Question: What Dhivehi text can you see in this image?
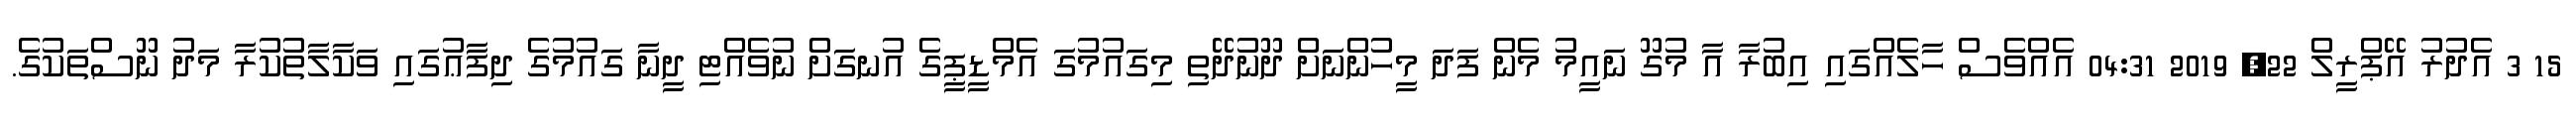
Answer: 15 3 އެދުރު އޭޕްރީލް 22, 2019 04:31 އެއްވެސް ހާލެއްގައި އިބުރާ އާ މުގޫ ނައީމު މެން ފަދަ މީހުންނަށް ދޫނުދޭތި މިގައުމުގަ އެމްޑީޕީގެ އުނގަށް ނުވެއްޓި ދީނާ ގައުމުގެ ދިފާޢުގައި ވަކާލާތުކުރާ މަދު ނޫސްތަކުގެ.